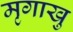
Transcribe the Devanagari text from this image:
मृगाखु